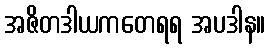
အဇိတဒါယကတေရရ အပဒါန။